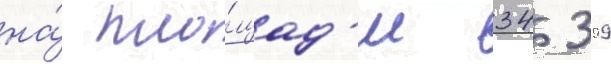
на́ пло́щад'и 34 399